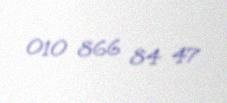
010 866 84 47